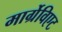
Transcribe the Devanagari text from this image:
मार्ग्रेविएट